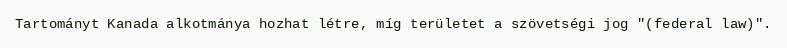
Tartományt Kanada alkotmánya hozhat létre, míg területet a szövetségi jog "(federal law)".